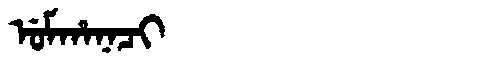
Manchu: ᡠᠮᡥᠠᠨᠠᠴᡳ
Romanization: UMHANACI